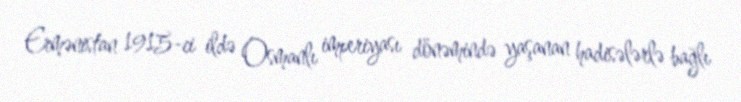
Ermənistan 1915-ci ildə Osmanlı imperiyası dönəmində yaşanan hadisələrlə bağlı